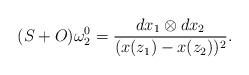
LaTeX: \begin{align*}(S+O)\omega^0_2=\frac{dx_1\otimes dx_2}{(x(z_1)-x(z_2))^2}.\end{align*}